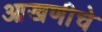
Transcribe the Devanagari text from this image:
आखणीचे